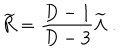
LaTeX: { \widetilde R } = { \frac { D - 1 } { D - 3 } } { \widetilde \Lambda } ~ .